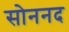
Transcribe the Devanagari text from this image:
सोननद